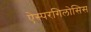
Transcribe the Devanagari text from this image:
ऐस्परगिलोसिस